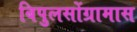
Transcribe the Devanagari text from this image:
बिपुलसोंग्रामास